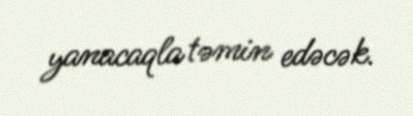
yanacaqla təmin edəcək.